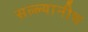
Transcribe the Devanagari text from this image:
सल्ल्यानीच